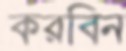
করবিন